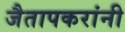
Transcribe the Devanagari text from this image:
जैतापकरांनी